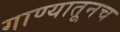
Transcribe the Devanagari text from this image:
गाण्यातूनच